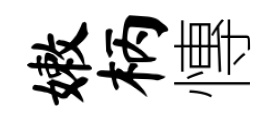
嫩柄慱